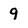
Character: 9